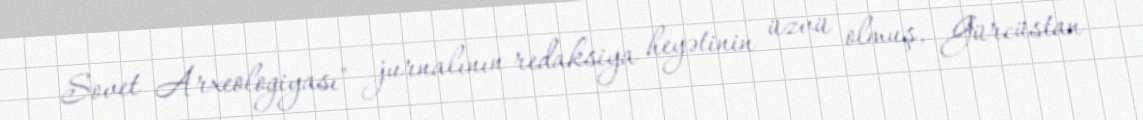
Sovet Arxeologiyası" jurnalının redaksiya heyətinin üzvü olmuş, Gürcüstan